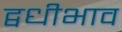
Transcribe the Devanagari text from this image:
द्वधीभाव